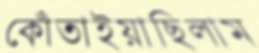
কোঁতাইয়াছিলাম